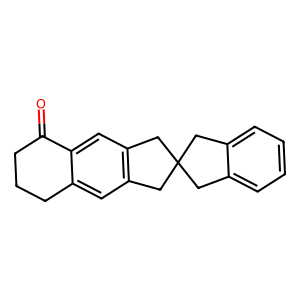
SMILES: O=C1CCCc2cc3c(cc21)CC1(Cc2ccccc2C1)C3
Inhibits HIV replication: No